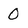
Character: 0